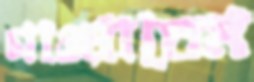
গাওয়াতেম